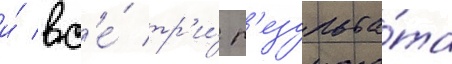
и́ вс'е́ тр'и́ р'езульта́та